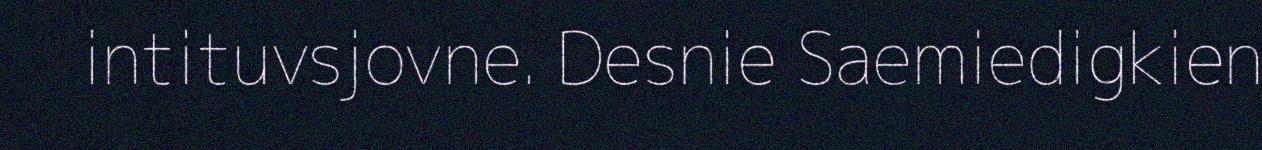
intituvsjovne. Desnie Saemiedigkien